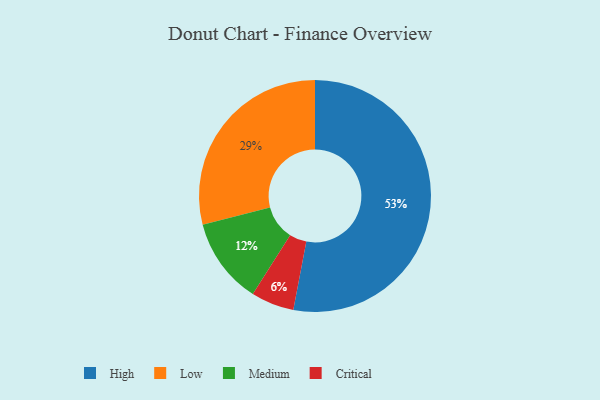
{"axis": {"x": "Category", "y": "Percentage"}, "legend": ["Critical", "High", "Low", "Medium"], "data": [{"x": "Medium", "y": 12, "type": "Medium"}, {"x": "Critical", "y": 6, "type": "Critical"}, {"x": "Low", "y": 29, "type": "Low"}, {"x": "High", "y": 53, "type": "High"}]}